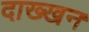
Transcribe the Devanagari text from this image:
दाख्खन